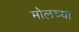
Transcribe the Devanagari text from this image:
मोलच्या